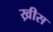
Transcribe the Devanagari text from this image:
ख्रीस